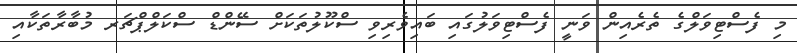
މި ފެސްޓިވަލްގެ ތެރެއިން ވަނީ ފެސްޓިވަލުގައި ބައިވެރިވި ސްކޫލުތަކަށް ސޭންޑް ސްކަލްޕްޗަރ މުބާރާތަކާއި